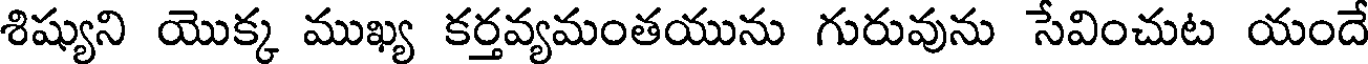
శిష్యుని యొక్క ముఖ్య కర్తవ్యమంతయును గురువును సేవించుట యందే